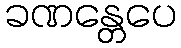
ခဏန္တေပေ